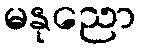
မနုညော